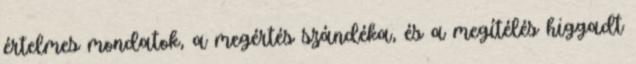
értelmes mondatok, a megértés szándéka, és a megítélés higgadt